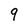
Character: 9